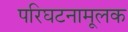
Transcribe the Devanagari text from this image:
परिघटनामूलक